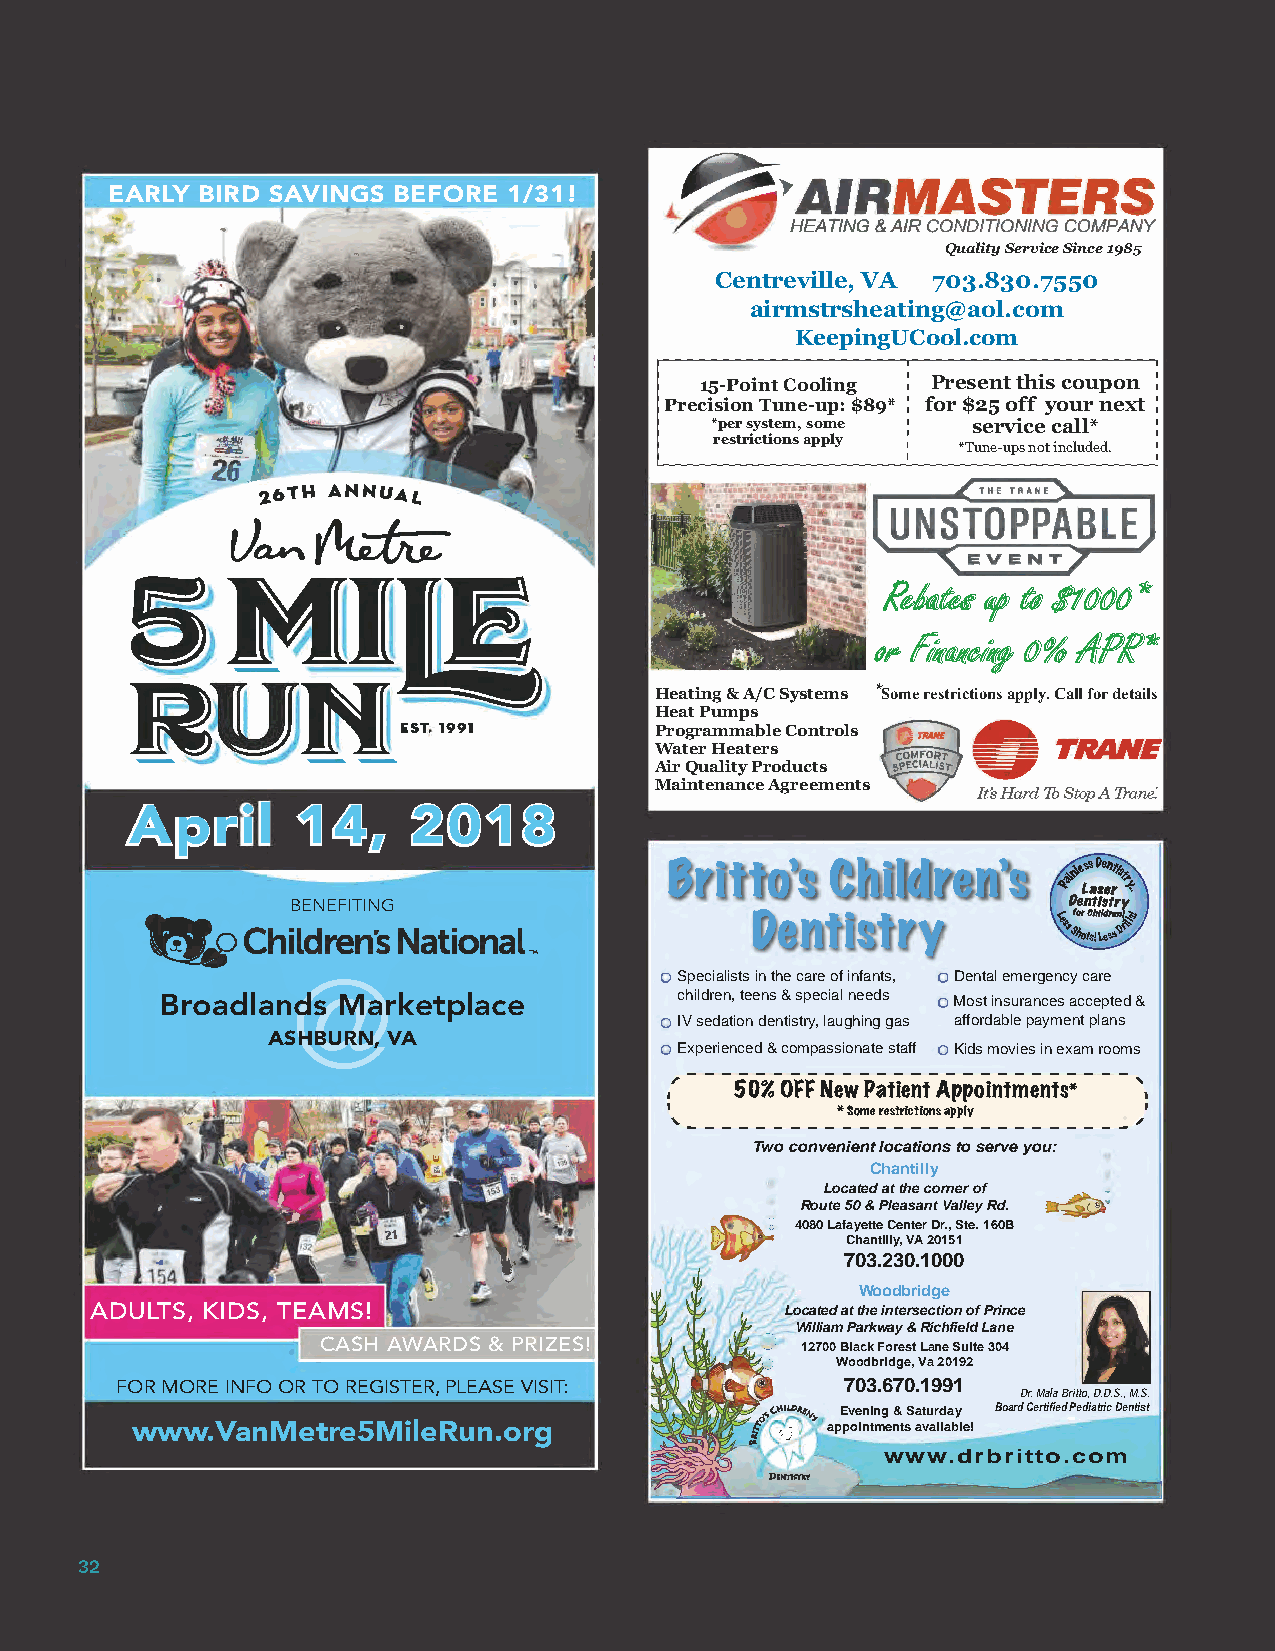
EARLY BIRD SAVINGS BEFORE  1/31!             ~ AIRMAST        ERS
 HEATING & AIR CONDITIONIN G COMPANY
 Quality Serv ice Since 1985
 Centreville, VA 703.830. 7550
 airmstrsheating@aol.com
 KeepingUCool.com
 15-Point Cooling Present this coupon
 Precision Tune-up: $89* for $25 off your next
 *per system, some service call*
 restrictions apply
 *Tune-ups not included.
 THE TRANE
 u~~
 S     N       l--===1= 1
 Rebates up to $1000*
 or Financing 0% APR*
 R    U     NEST.,99f®
 Heating & A/C Systems *Some restrictions apply. Call for details
 Heat Pumps
 Programmable Controls
 Water Heaters  ·~·   -TRANE
 Air Quality Products
 Maintenance Agreements
 April      14,    2018
 Britto’s   Children’s     Painless Dentistr
 y...
 BENEFITING
 •     Childrens NationaL
 Dentistry           LessShots!
 Less
 Drills!
 @                         Specialists in the care of infants, 0 Dental emergency care
 children, teens & special needs
 Broadlands Marketplace                             0 Most insurances accepted &
 IV sedation dentistry, laughing gas affordable payment plans
 ASHBURN, VA
 Experienced & compassionate staff 0 Kids movies in exam rooms
 /-----------------------
 -,
 50% OFF New Patient Appointments*
 I                               I
 I          * Some restrictions apply I
 '--------------------------✓
 Two convenient locations to serve you:
 Chantilly
 Located at the corner of
 Route 50 & Pleasant Valley Rd.
 4080 Lafayette Center Dr., Ste. 160B
 Chantilly, VA 20151
 703.230.1000
 Woodbridge
 ADULTS, KIDS, TEAMS!                          Located at the intersection of Prince
 William Parkway & Richfield Lane
 CASH AWARDS & PRIZES!           12700 Black Forest Lane Suite 304
 Woodbridge, Va 20192
 FOR MORE INFO OR TO REGISTER, PLEASE VISIT:     703.670.1991
 Dr. Mala Britto, D.D.S., M.S.
 Evening & Saturday Board Certifi ed Pediatric Dentist
 www.VanMetre5MileRun.org                      appointments available!
 www.drbritto.com
 32